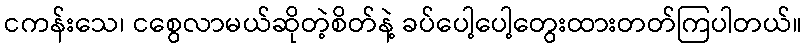
ငကန်းသေ၊ ငစွေလာမယ်ဆိုတဲ့စိတ်နဲ့ ခပ်ပေါ့ပေါ့တွေးထားတတ်ကြပါတယ်။